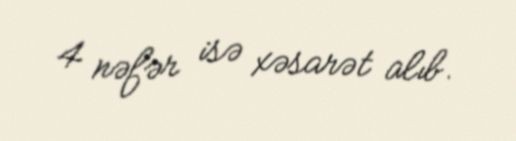
4 nəfər isə xəsarət alıb.